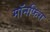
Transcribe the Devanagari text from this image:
मॉनफिस